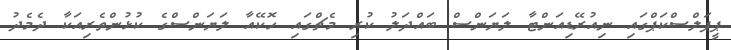
ޕީޕަލްސްކަޕްގައި ނިއުރޭޑިއަންޓާ ލަޔަންސް ބައްދަލު ކުރި މެޗްގައި ހޮކޭއާ ލަޔަންސްގެ ކުޅުންތެރިއަކާ ދެމެދު